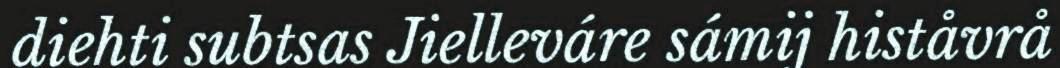
diehti subtsas Jielleváre sámij histåvrå